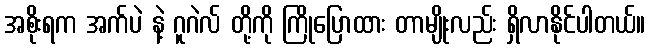
အစိုးရက အက်ပဲ နဲ့ ဂူဂဲလ် တို့ကို ကြိုပြောထား တာမျိုးလည်း ရှိလာနိုင်ပါတယ်။